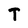
Character: T